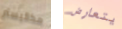
مكاليستر يتعارض